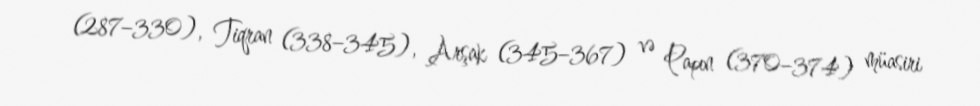
(287–330), Tiqran (338–345), Arşak (345–367) və Papın (370–374) müasiri